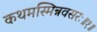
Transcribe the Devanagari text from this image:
कथमस्मिन्नवसरः॥१॥